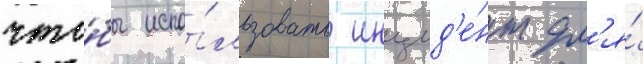
что́бы испо́льзовать инцид'е́нт дл'я́